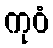
ကုဝံ